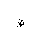
Letter: _za